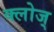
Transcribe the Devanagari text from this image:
क्लोज्